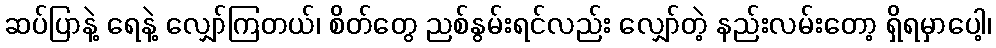
ဆပ်ပြာနဲ့ ရေနဲ့ လျှော်ကြတယ်၊ စိတ်တွေ ညစ်နွမ်းရင်လည်း လျှော်တဲ့ နည်းလမ်းတော့ ရှိရမှာပေါ့၊